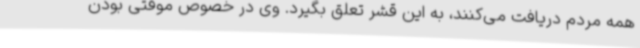
همه مردم دریافت می‌کنند، به این قشر تعلق بگیرد. وی در خصوص موقتی بودن